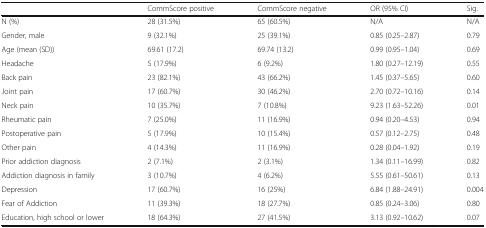
|  | CommScore positive | CommScore negative | OR (95% CI) | Sig. |
 | --- | --- | --- | --- | --- |
 | N (%) | 28 (31.5%) | 65 (60.5%) | N/A | N/A |
 | Gender, male | 9 (32.1%) | 25 (39.1%) | 0.85 (0.25–2.87) | 0.79 |
 | Age (mean (SD)) | 69.61 (17.2) | 69.74 (13.2) | 0.99 (0.95–1.04) | 0.69 |
 | Headache | 5 (17.9%) | 6 (9.2%) | 1.80 (0.27–12.19) | 0.55 |
 | Back pain | 23 (82.1%) | 43 (66.2%) | 1.45 (0.37–5.65) | 0.60 |
 | Joint pain | 17 (60.7%) | 30 (46.2%) | 2.70 (0.72–10.16) | 0.14 |
 | Neck pain | 10 (35.7%) | 7 (10.8%) | 9.23 (1.63–52.26) | 0.01 |
 | Rheumatic pain | 7 (25.0%) | 11 (16.9%) | 0.94 (0.20–4.53) | 0.94 |
 | Postoperative pain | 5 (17.9%) | 10 (15.4%) | 0.57 (0.12–2.75) | 0.48 |
 | Other pain | 4 (14.3%) | 11 (16.9%) | 0.28 (0.04–1.92) | 0.19 |
 | Prior addiction diagnosis | 2 (7.1%) | 2 (3.1%) | 1.34 (0.11–16.99) | 0.82 |
 | Addiction diagnosis in family | 3 (10.7%) | 4 (6.2%) | 5.55 (0.61–50.61) | 0.13 |
 | Depression | 17 (60.7%) | 16 (25%) | 6.84 (1.88–24.91) | 0.004 |
 | Fear of Addiction | 11 (39.3%) | 18 (27.7%) | 0.85 (0.24–3.06) | 0.80 |
 | Education, high school or lower | 18 (64.3%) | 27 (41.5%) | 3.13 (0.92–10.62) | 0.07 |